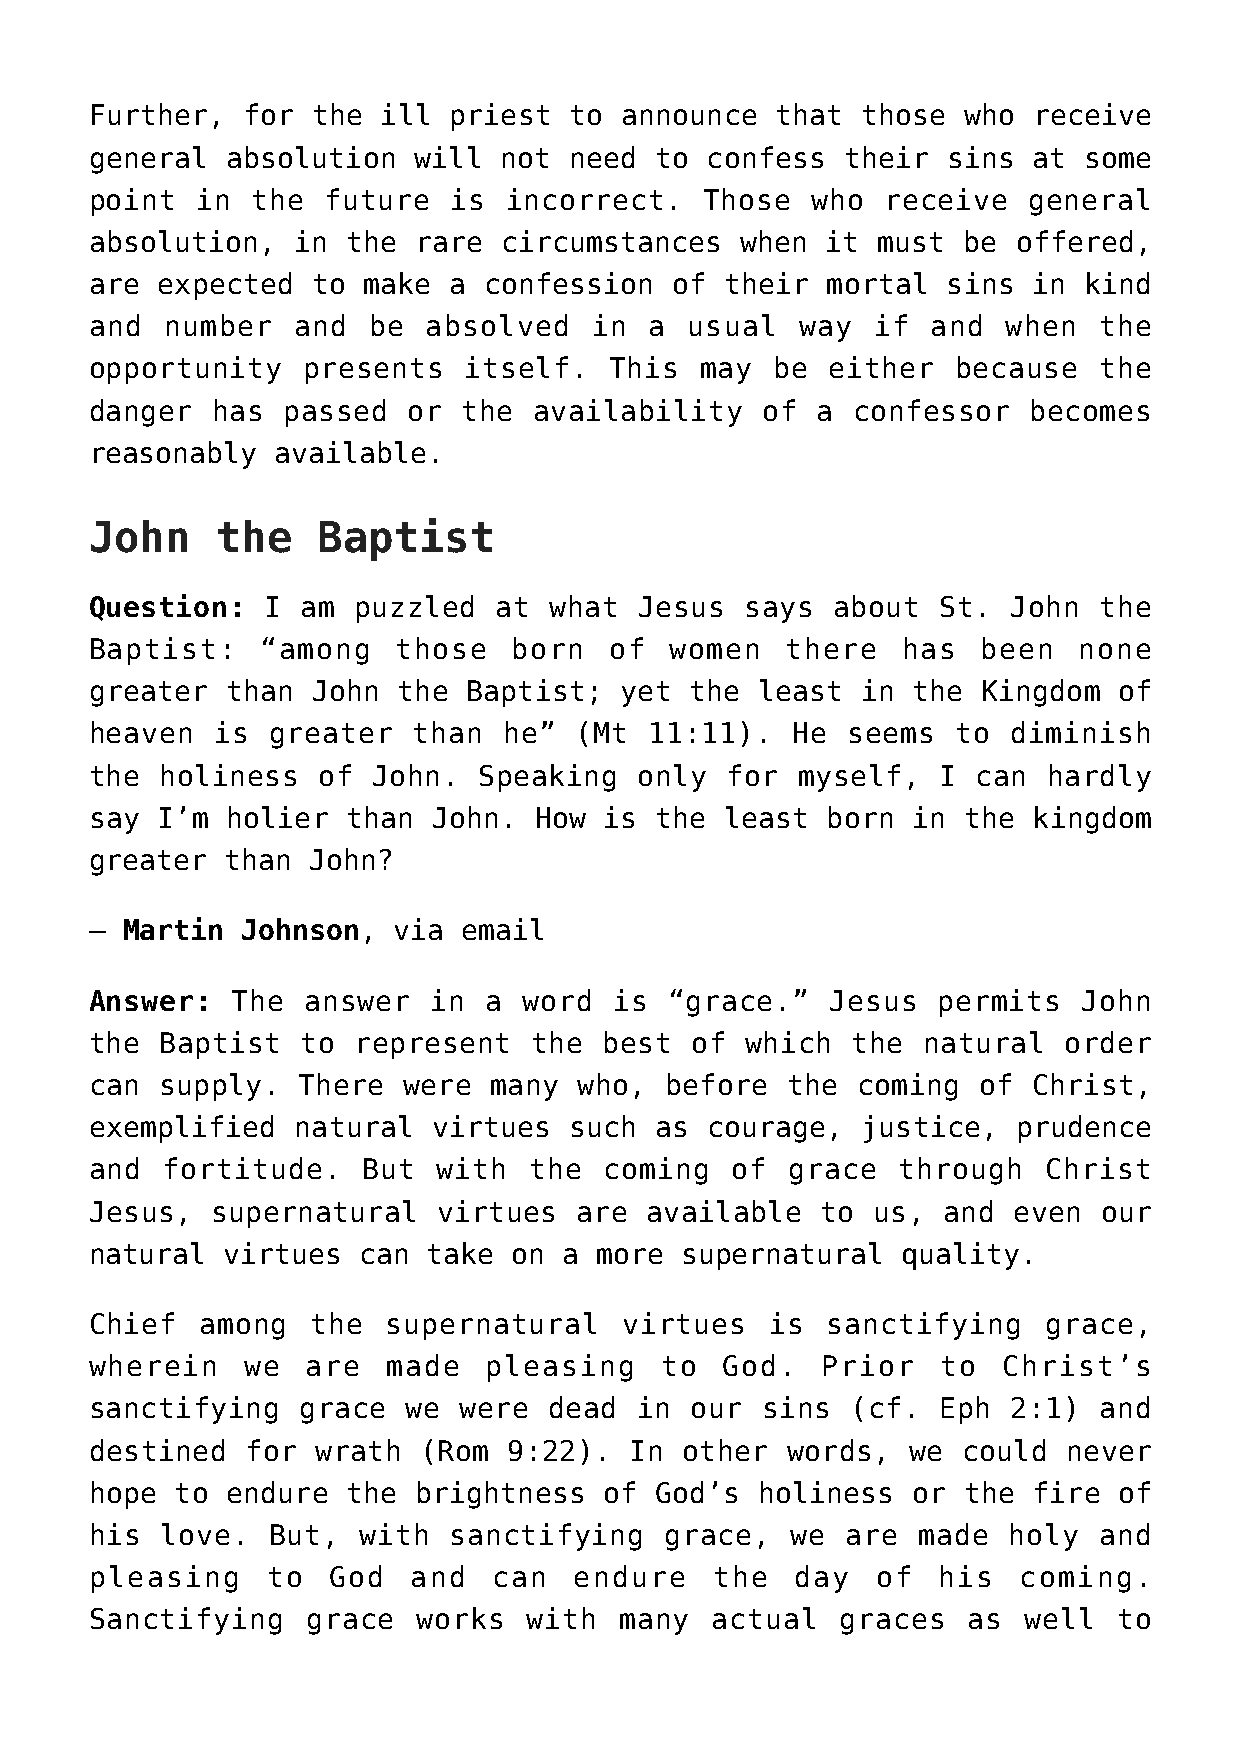
Further,  for  the ill  priest  to announce  that  those  who receive
 general  absolution  will  not  need to  confess  their  sins at  some
 point  in  the  future  is  incorrect.   Those  who  receive  general
 absolution,  in  the rare  circumstances   when  it must  be offered,
 are expected   to make  a confession  of  their  mortal  sins in  kind
 and  number  and  be  absolved   in  a usual   way  if  and  when  the
 opportunity   presents   itself.  This  may  be  either  because   the
 danger  has  passed  or  the availability   of  a confessor   becomes
 reasonably  available.
 John    the    Baptist
 Question:   I am  puzzled  at what  Jesus  says  about  St.  John  the
 Baptist:   “among   those   born  of  women   there   has  been  none
 greater  than  John the  Baptist;  yet  the least  in the  Kingdom  of
 heaven  is  greater  than  he”  (Mt  11:11).  He  seems  to  diminish
 the  holiness  of  John.  Speaking  only  for  myself,  I  can hardly
 say I’m  holier  than  John. How  is the  least  born in  the kingdom
 greater  than John?
 — Martin  Johnson,  via  email
 Answer:  The  answer   in a  word  is “grace.”   Jesus  permits   John
 the  Baptist  to  represent  the  best  of which  the  natural  order
 can  supply.  There  were many  who,  before  the  coming  of Christ,
 exemplified  natural   virtues  such as  courage,  justice,  prudence
 and  fortitude.   But  with  the  coming  of  grace  through   Christ
 Jesus,  supernatural   virtues  are  available  to  us, and  even  our
 natural  virtues  can take  on a more  supernatural   quality.
 Chief  among   the  supernatural   virtues   is  sanctifying   grace,
 wherein   we  are   made  pleasing    to  God.  Prior   to  Christ’s
 sanctifying   grace  we were  dead  in  our sins  (cf.  Eph  2:1)  and
 destined  for  wrath  (Rom  9:22).  In other  words,  we  could  never
 hope  to endure  the brightness   of God’s  holiness  or  the fire  of
 his  love.  But,  with  sanctifying   grace,  we  are  made  holy  and
 pleasing    to  God  and   can  endure   the   day  of  his  coming.
 Sanctifying   grace   works  with  many  actual   graces  as  well  to